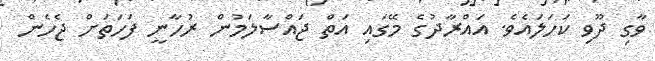
ވާގި ދޫވި ކަހަލައެވެ. އައްރާދުގެ މޭގައި އަތް ޖައްސާލަމުން ރުހާނީ ފަހަތަށް ޖެހެން